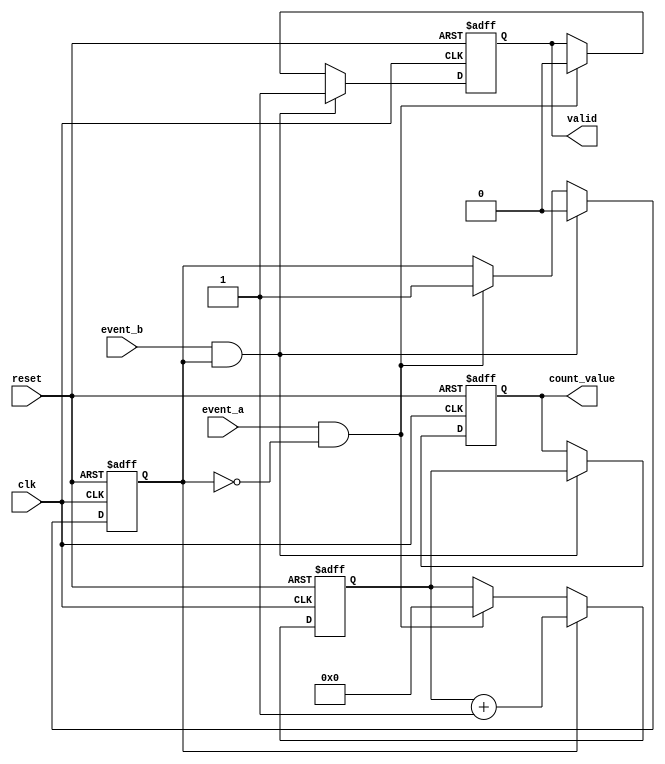
module TDC (
    input wire clk,               // High-frequency clock input
    input wire reset,             // Asynchronous reset
    input wire event_a,           // Event A input
    input wire event_b,           // Event B input
    output reg [31:0] count_value, // Output count value
    output reg valid              // Output valid signal
);

    reg [31:0] counter;           // Counter for clock cycles
    reg counting;                 // Counting state flag

    // Asynchronous reset and counter logic
    always @(posedge clk or posedge reset) begin
        if (reset) begin
            counter <= 32'b0;      // Reset counter
            count_value <= 32'b0;  // Reset output value
            valid <= 1'b0;         // Invalidate output
            counting <= 1'b0;      // Stop counting
        end else begin
            if (event_a && !counting) begin
                counting <= 1'b1;   // Start counting
                counter <= 32'b0;   // Reset counter at event A
                valid <= 1'b0;      // Invalidate output
            end
            
            if (counting) begin
                counter <= counter + 1; // Increment counter
            end
            
            if (event_b && counting) begin
                counting <= 1'b0;   // Stop counting on event B
                count_value <= counter; // Store count value
                valid <= 1'b1;      // Validate output
            end
        end
    end

endmodule